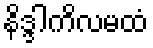
နိဒ္ဒါကိလမထံ